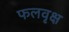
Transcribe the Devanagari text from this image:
फलवृक्ष